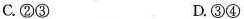
C.②③ D.③④